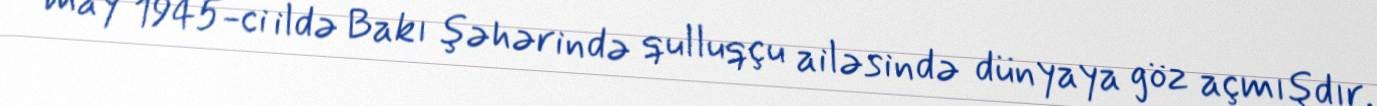
may 1945-ci ildə Bakı şəhərində qulluqçu ailəsində dünyaya göz açmışdır.